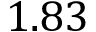
1 . 8 3